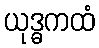
ယုဒ္ဓကထံ